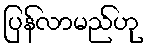
ပြန်လာမည်ဟု